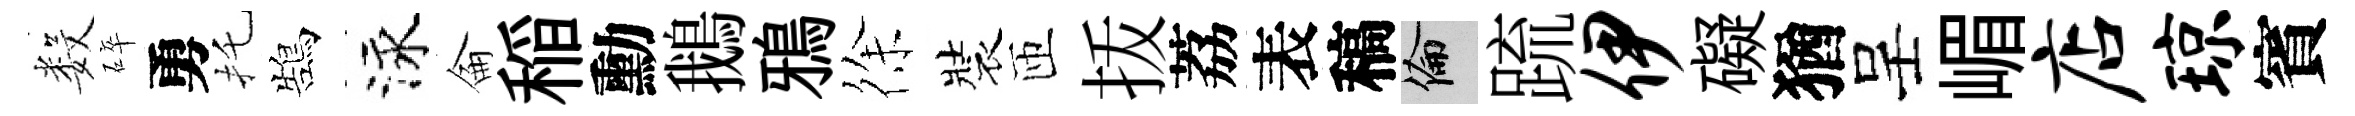
数碎勇托鵠泳侖稲勳鵝鴉徐裝匝㧞荔表稿倫䟽伊礙猶呈嵋店琼賓